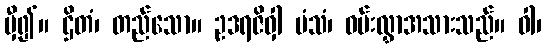
မှီ၍။ ဌိတံ၊ တည်သော။ ဥဒရဇိဝှါ မံသံ၊ ဝမ်းလွှာအသားသည်။ ဝါ၊